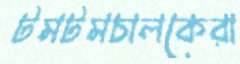
টমটমচালকেরা